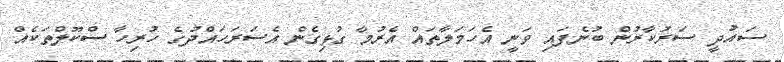
ސައުދީ ސަރުކާރުން ބުނެފައި ވަނީ އެހަމަލާތައް އެރުމާ ގުޅިގެން އެސަރަހައްދުގެ ހުރިހާ ސްކޫލްތަކެއް